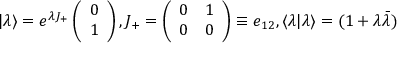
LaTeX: \vert \lambda \rangle = { e ^ { \lambda { J _ { + } } } } \left( \begin{array} { l } { { 0 } } \\ { { 1 } } \end{array} \right) , { J _ { + } } = \left( \begin{array} { l l } { { 0 } } & { { 1 } } \\ { { 0 } } & { { 0 } } \end{array} \right) \equiv { e _ { 1 2 } } , \langle \lambda \vert \lambda \rangle = ( 1 + { \lambda } { \bar { \lambda } } )